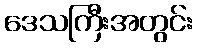
ဒေသကြီးအတွင်း